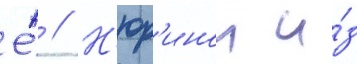
Е́ // Н'юр'инои и́з